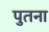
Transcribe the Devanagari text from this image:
पुतना